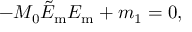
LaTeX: - M _ { 0 } \tilde { E } _ { \mathrm { m } } E _ { \mathrm { m } } + m _ { 1 } = 0 ,